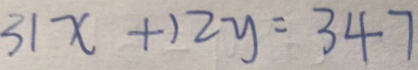
3 1 x + 1 2 y = 3 4 7